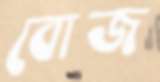
বোজ